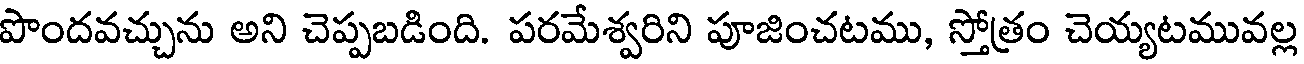
పొందవచ్చును అని చెప్పబడింది. పరమేశ్వరిని పూజించటము, స్తోత్రం చెయ్యటమువల్ల